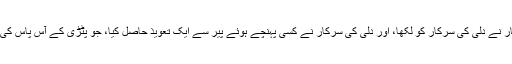
اس پر ولایت کی سرکار نے دلّی کی سرکار کو لکھا، اور دلّی کی سرکار نے کسی پہنچے ہوئے پِیر سے ایک تعویذ حاصل کیا، جو پٹڑی کے آس پاس کی ببول میں لٹکا دیا جاتا۔